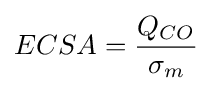
ECSA={\frac {Q_{CO}}{\sigma _{m}}}